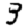
Digit: 3